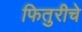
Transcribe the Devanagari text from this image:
फितुरीचे